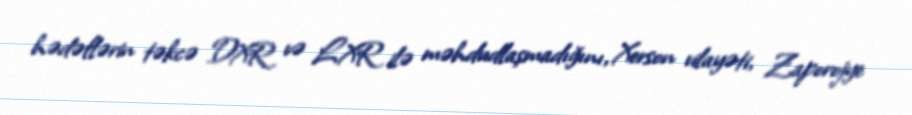
hədəflərin təkcə DXR və LXR ilə məhdudlaşmadığını, Xerson vilayəti, Zaporojye